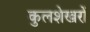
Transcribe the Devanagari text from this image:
कुलशेखरों